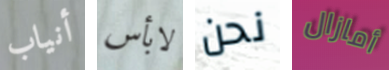
أنياب لابأس نحن أمازال